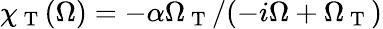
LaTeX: \chi_{\mathrm{~T~}}(\Omega)=-\alpha\Omega_{\mathrm{~T~}}/(-i\Omega+\Omega_{\mathrm{~T~}})